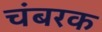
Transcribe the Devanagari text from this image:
चंबरक